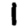
Digit: 1